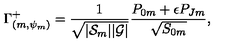
\Gamma _ { ( m , \psi _ { m } ) } ^ { + } = { \frac { 1 } { \sqrt { | { \cal S } _ { m } | | { \cal G } | } } } { \frac { { P } _ { 0 m } + \epsilon { P } _ { J m } } { \sqrt { { S } _ { 0 m } } } } ,